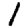
Digit: 1